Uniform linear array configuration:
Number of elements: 24
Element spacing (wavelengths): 0.5
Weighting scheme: uniform
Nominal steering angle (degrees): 60
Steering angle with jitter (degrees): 58.949
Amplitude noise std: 0.05
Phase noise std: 0.05

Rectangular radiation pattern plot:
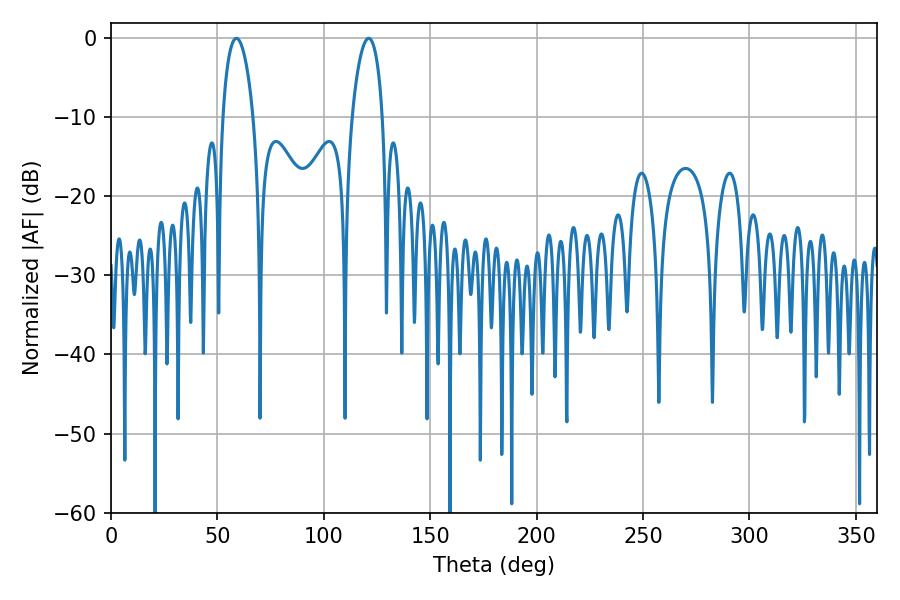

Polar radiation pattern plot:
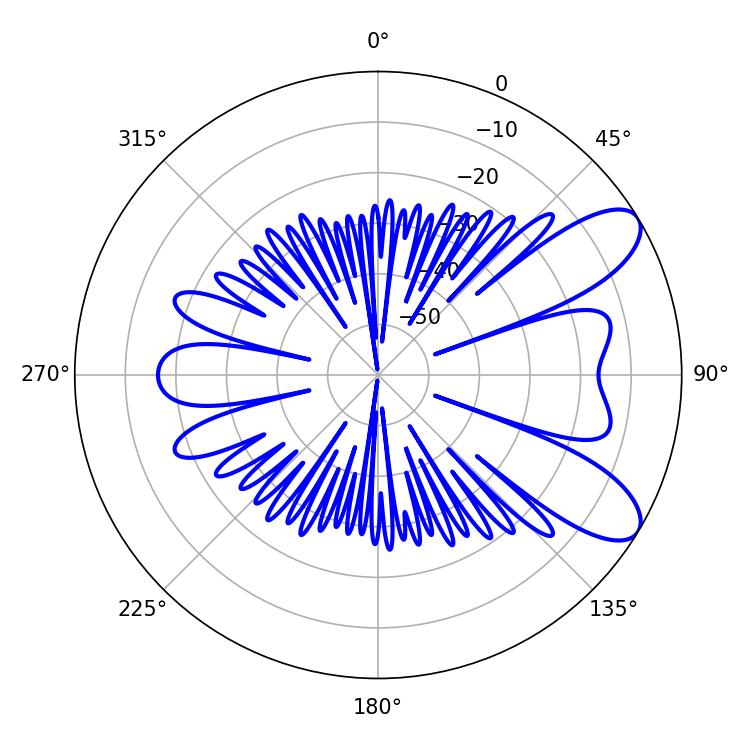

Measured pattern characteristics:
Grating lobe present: FALSE
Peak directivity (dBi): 8.668
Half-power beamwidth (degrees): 8.1
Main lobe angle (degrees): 58.86